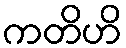
ကတိဟိ